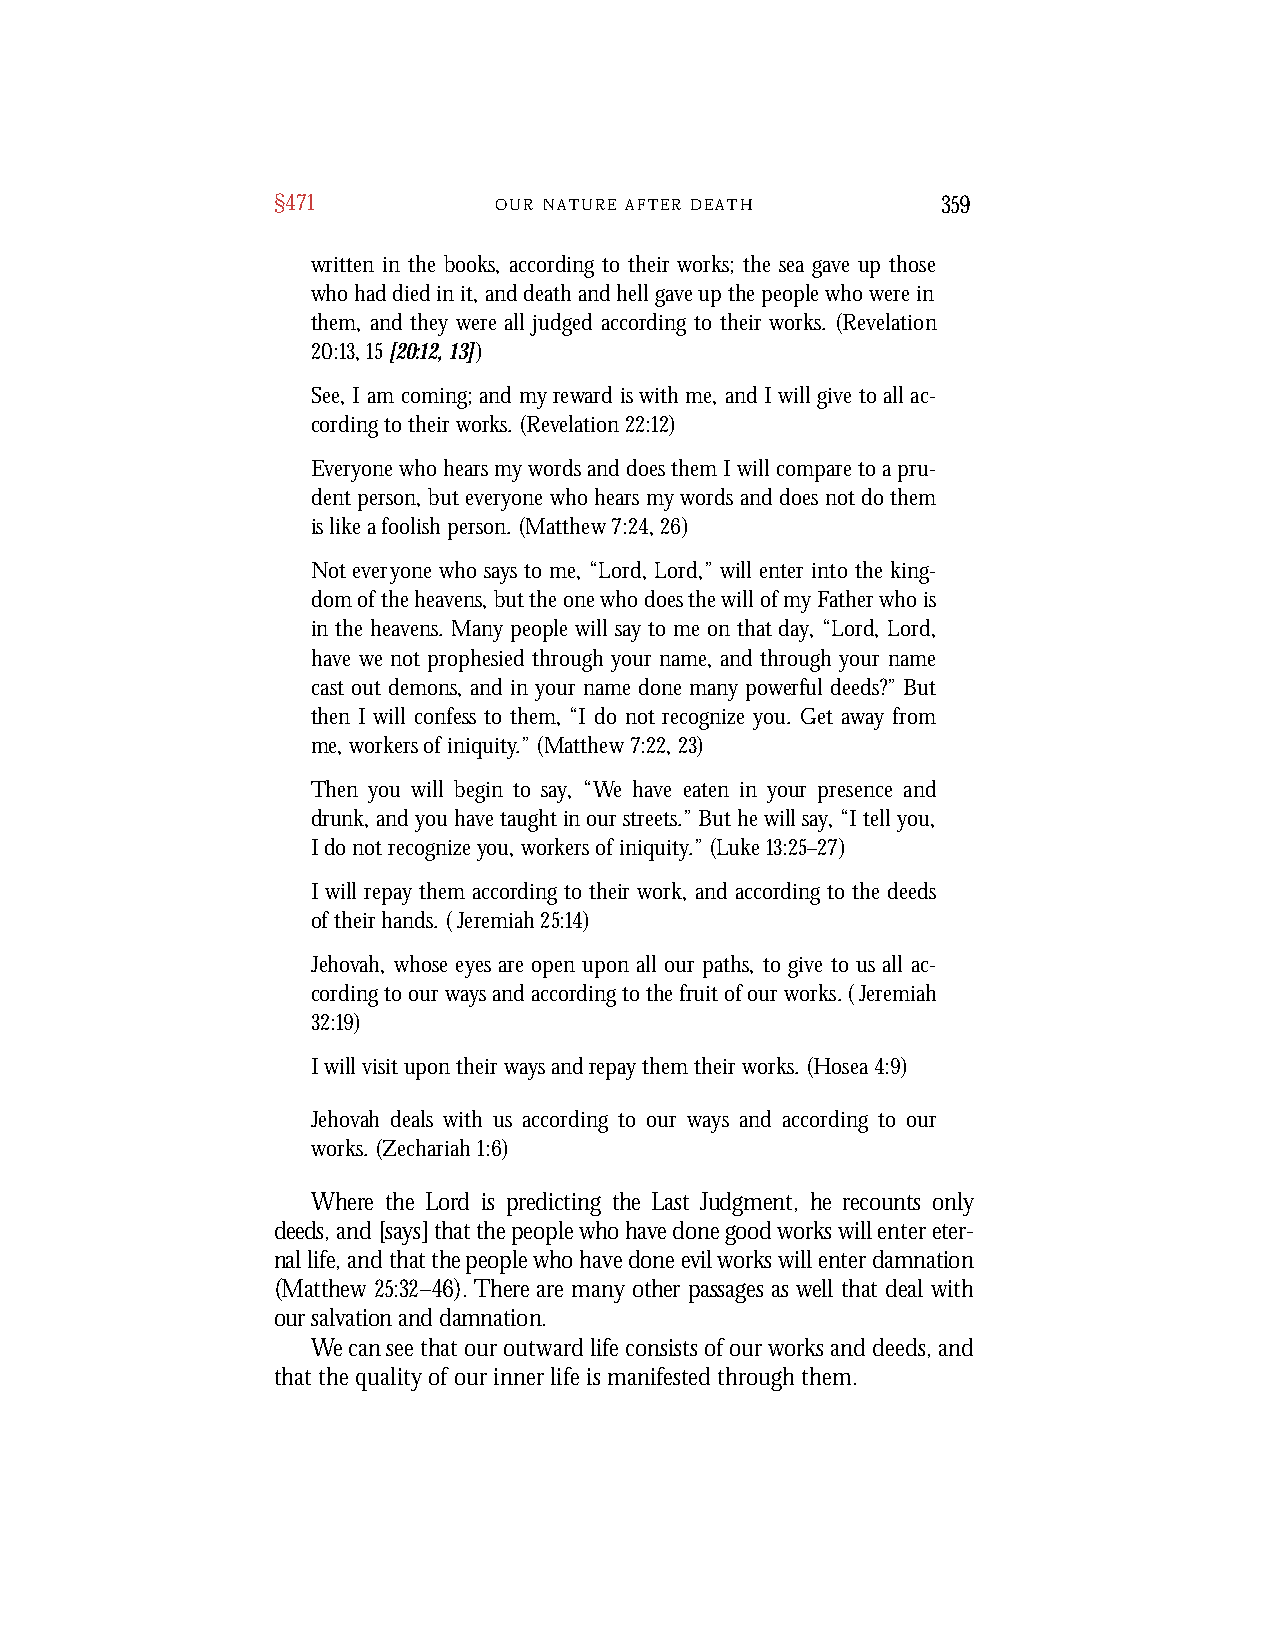
§471           O U R N A T U R E A F T E R D E A T H 359
 written in the books, according to their works; the sea gave up those
 who had died in it, and death and hell gave up the people who were in
 them, and they were all judged according to their works. (Revelation
 20:13, 15 [20:12, 13])
 See, I am coming; and my reward is with me, and I will give to all ac-
 cording to their works. (Revelation 22:12)
 Everyone who hears my words and does them I will compare to a pru-
 dent person, but everyone who hears my words and does not do them
 is like a foolish person. (Matthew 7:24, 26)
 Not everyone who says to me, “Lord, Lord,” will enter into the king-
 dom of the heavens, but the one who does the will of my Father who is
 in the heavens. Many people will say to me on that day, “Lord, Lord,
 have we not prophesied through your name, and through your name
 cast out demons, and in your name done many powerful deeds?” But
 then I will confess to them, “I do not recognize you. Get away from
 me, workers of iniquity.” (Matthew 7:22, 23)
 Then you will begin to say, “We have eaten in your presence and
 drunk, and you have taught in our streets.” But he will say, “I tell you,
 I do not recognize you, workers of iniquity.” (Luke 13:25–27)
 I will repay them according to their work, and according to the deeds
 of their hands. (Jeremiah 25:14)
 Jehovah, whose eyes are open upon all our paths, to give to us all ac-
 cording to our ways and according to the fruit of our works. (Jeremiah
 32:19)
 I will visit upon their ways and repay them their works. (Hosea 4:9)
 Jehovah deals with us according to our ways and according to our
 works. (Zechariah 1:6)
 Wh e r e the Lord is predicting the Last Judgment, he recounts only
 deeds, and [says] that the people who have done good works will enter eter-
 nal life, and that the people who have done evil works will enter damnation
 (M at t h e w 25 :32 –46 ). Th e r e are many other passages as well that deal with
 our salvation and damnation.
 We can see that our outward life consists of our works and deeds, and
 that the quality of our inner life is manifested through them.